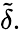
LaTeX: {\tilde{\delta}}.